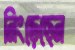
নিংড়েছেন